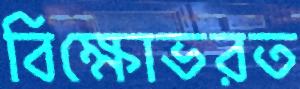
বিক্ষোভরত